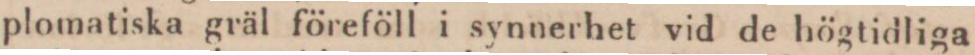
plomatiska gräl föreföll i synnerhet vid de högtidliga